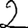
Digit: 2